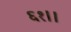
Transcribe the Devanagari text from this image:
६१।।